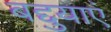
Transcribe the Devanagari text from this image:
बद्दुयाएं